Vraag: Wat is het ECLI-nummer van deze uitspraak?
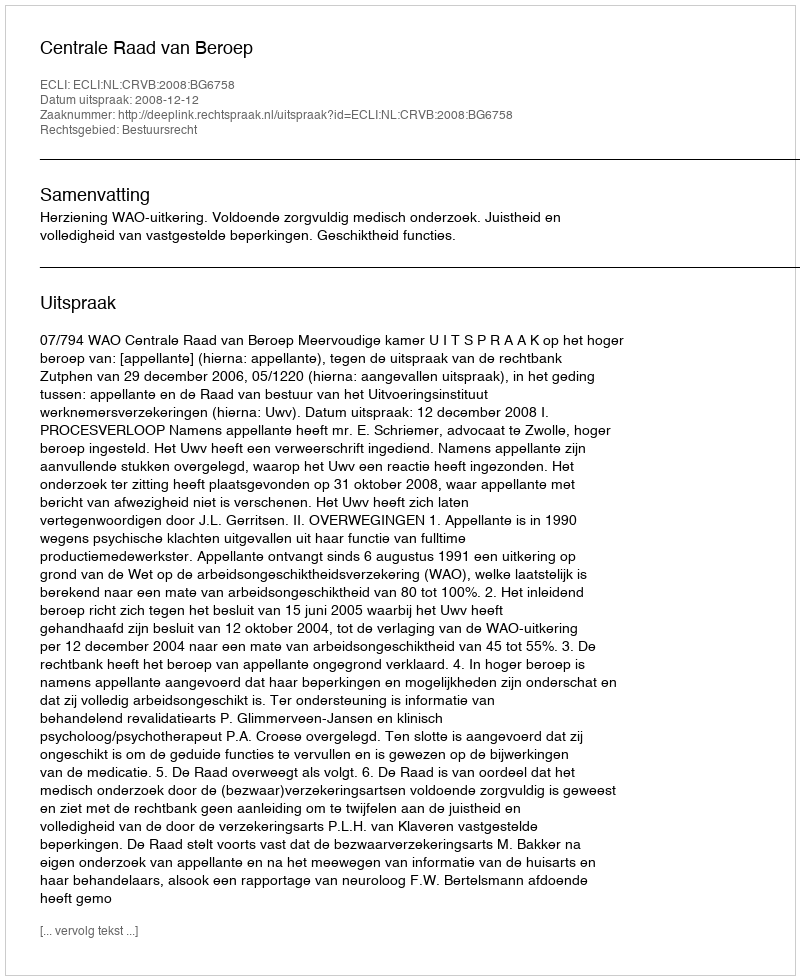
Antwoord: ECLI:NL:CRVB:2008:BG6758